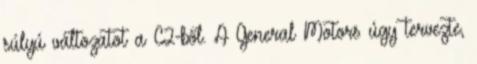
súlyú változatot a C2-ből. A General Motors úgy tervezte,